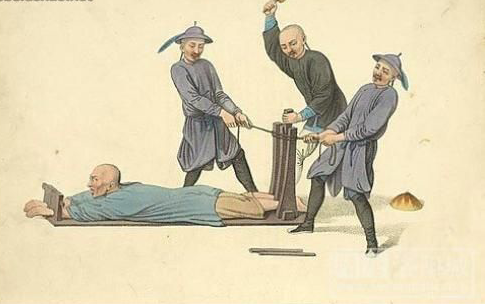
道不远人。人之为道而远人，不可以为道。